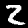
Label: 2